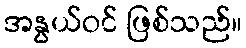
အနွယ်ဝင် ဖြစ်သည်။